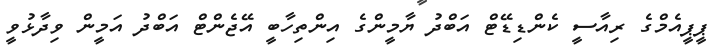
ޕީޕީއެމްގެ ރިއާސީ ކެންޑިޑޭޓް އަބްދު ޔާމީންގެ އިންތިހާބީ އޭޖެންޓް އަބްދު އަމީން ވިދާޅުވީ